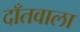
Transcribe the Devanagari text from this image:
दाँतवाला